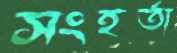
সংহর্তা